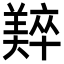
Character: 𬙼